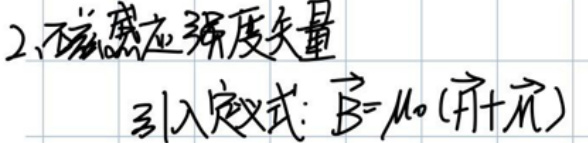
2、不饱和磁感应强度矢量

引入公式：\(\vec{B}=\mu_{0}(\vec{H}+\vec{M})\)